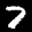
Label: 7